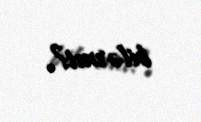
bilərmi?.